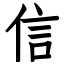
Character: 信